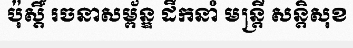
ប៉ុស្តិ៍ រចនាសម្ព័ន្ឌ ដឹកនាំ មន្ត្រី សន្តិសុខ